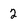
Character: 2